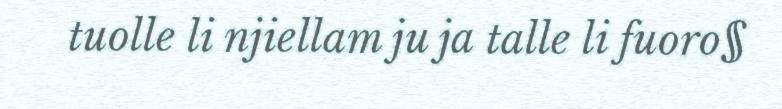
tuolle li njiellam ju ja talle li fuoro§